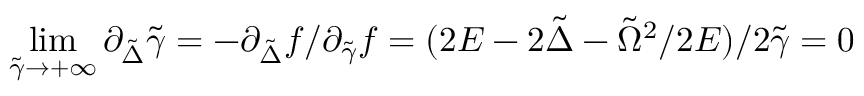
\operatorname* { l i m } _ { \tilde { \gamma } \rightarrow { + \infty } } \partial _ { \tilde { \Delta } } \tilde { \gamma } = - \partial _ { \tilde { \Delta } } f / \partial _ { \tilde { \gamma } } f = ( 2 E - 2 \tilde { \Delta } - \tilde { \Omega } ^ { 2 } / 2 E ) / 2 \tilde { \gamma } = 0